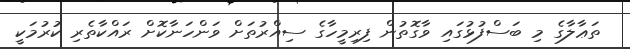
ތަޢާލާގެ މި ބަސްފުޅުގައި ވާގޮތުން ފިރިމީހާގެ ސިއްރުތަށް ވަންހަނާކޮށް ރައްކާތެރި ކުރުމަކީ